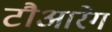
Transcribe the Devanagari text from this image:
टौआरेग